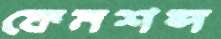
ফেমশব্দ